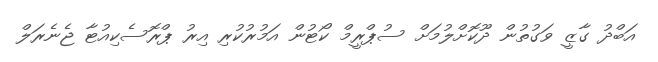
އަބްދު ގާޒީ ވަގުތުން ދޫކޮށްލުމަށް ސުޕްރީމް ކޯޓުން އަމުރުކުރި އިރު ޕްރޮސެކިއުޓާ ޖެނެރަލް